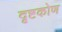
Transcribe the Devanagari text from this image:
दृष्टकोण